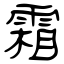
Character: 霜